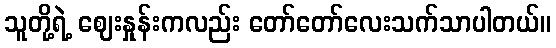
သူတို့ရဲ့ ဈေးနှုန်းကလည်း တော်တော်လေးသက်သာပါတယ်။